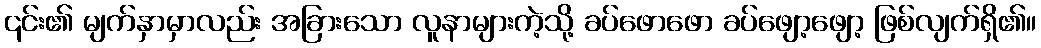
၎င်း၏ မျက်နှာမှာလည်း အခြားသော လူနာများကဲ့သို့ ခပ်ဖောဖော ခပ်ဖျော့ဖျော့ ဖြစ်လျက်ရှိ၏။